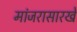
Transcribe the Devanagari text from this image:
मांजरासारखे